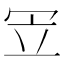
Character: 𠖃